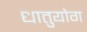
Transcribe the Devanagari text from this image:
धातुयोग